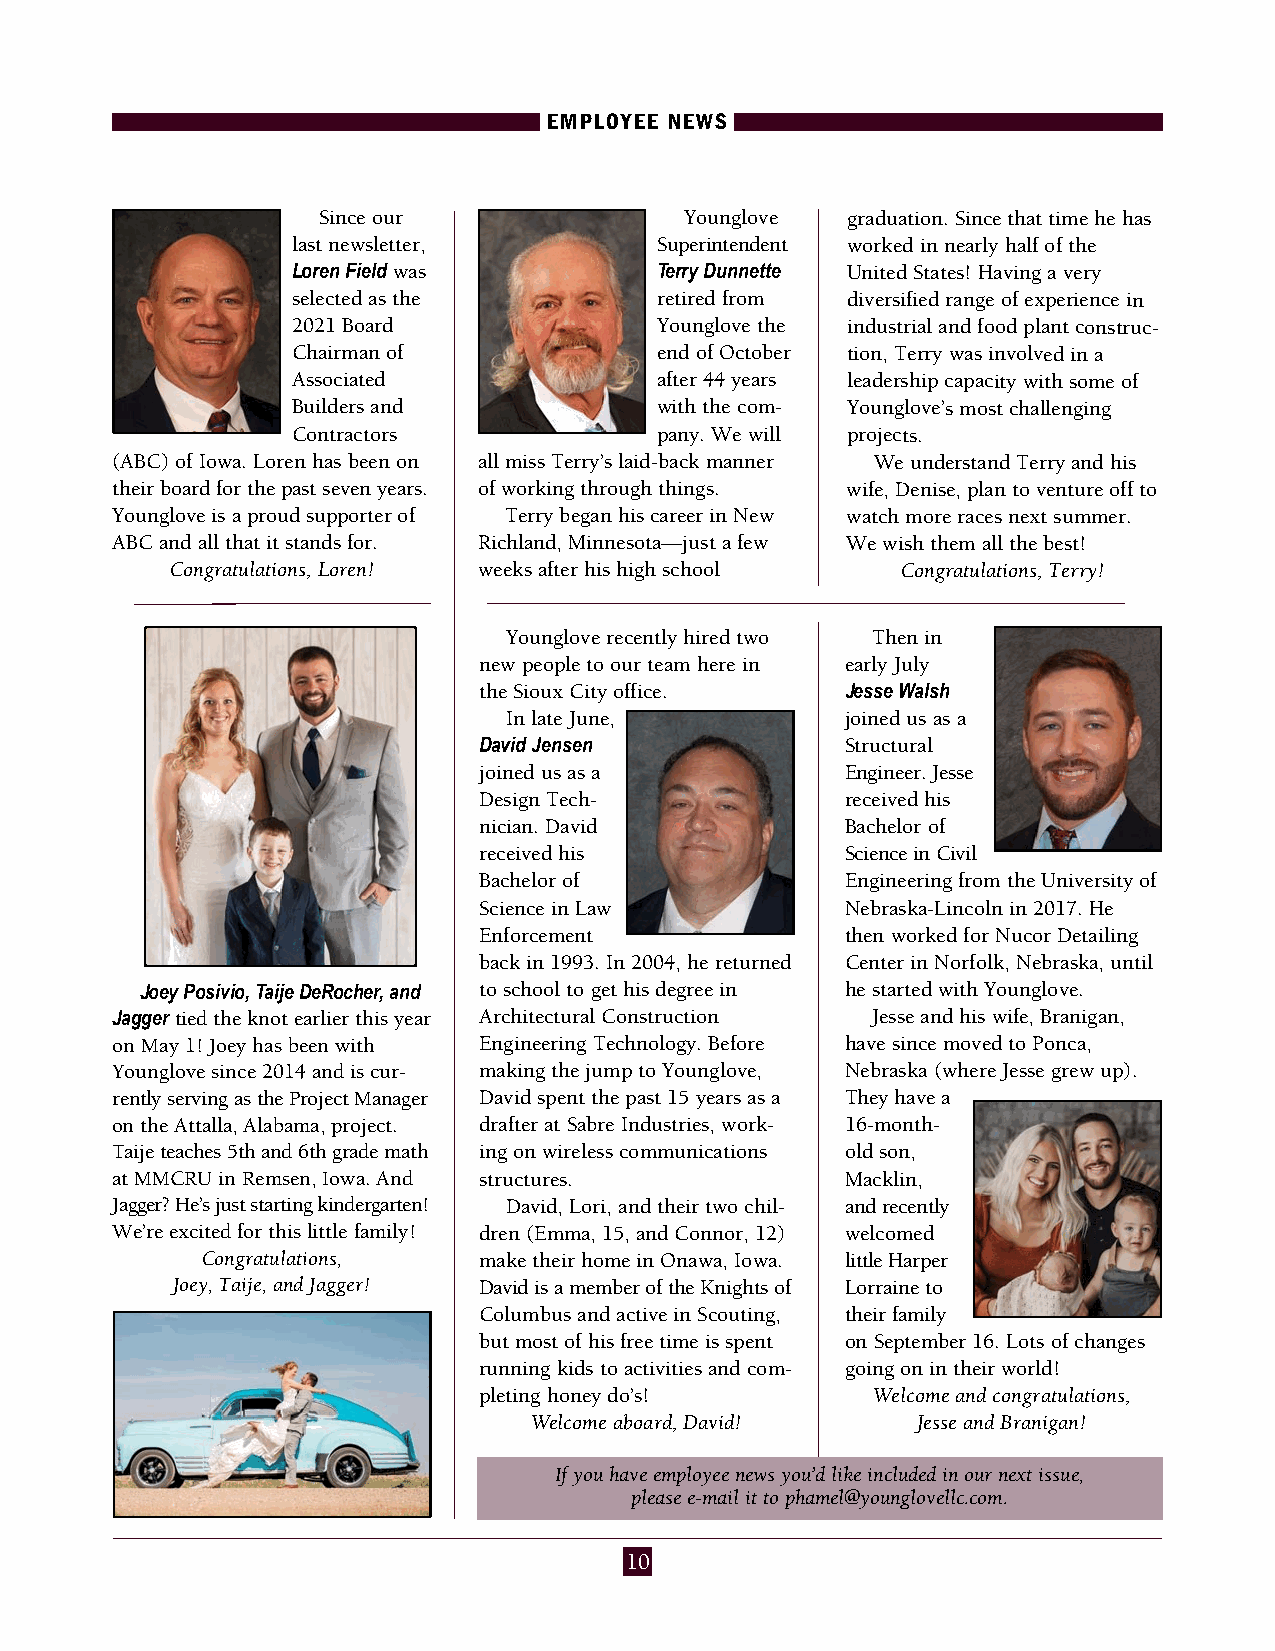
EMPLOYEE NEWS
 Since our               Younglove  gradu ation. Since that time he has
 last newsletter,        Superintendent worked in nearly half of the
 Loren Field was         Terry Dunnette United States! Having a very
 selected as the         retired from diversified range of experience in
 2021 Board              Younglove the industrial and food plant construc-
 Chairman of             end of October tion, Terry was involved in a
 Associated              after 44 years leadership capacity with some of
 Builders and            with the com- Younglove’s most challenging
 Contractors             pany. We will proj ects.
 (ABC) of Iowa. Loren has been on all miss Terry’s laid-back manner We understand Terry and his
 their board for the past seven years. of working through things. wife, Denise, plan to venture off to
 Younglove is a proud supporter of Terry began his career in New watch more races next summer.
 ABC and all that it stands for. Richland, Minnesota—just a few We wish them all the best!
 Congratulations, Loren! weeks after his high school Congratulations, Terry!
 Younglove recently hired two Then in
 new people to our team here in early July
 the Sioux City office.  Jesse Walsh
 In late June,         joined us as a
 David Jensen            Structural
 joined us as a          Engineer. Jesse
 Design Tech-            received his
 nician. David           Bachelor of
 received his            Science in Civil
 Bachelor of             Engineering from the University of
 Science in Law          Nebraska-Lincoln in 2017. He
 Enforcement             then worked for Nucor Detailing
 back in 1993. In 2004, he returned Center in Norfolk, Nebraska, until
 Joey Posivio, Taije DeRocher, and to school to get his degree in he started with Younglove.
 Jagger tied the knot earlier this year Architectural Construction Jesse and his wife, Branigan,
 on May 1! Joey has been with Engineering Technology. Before have since moved to Ponca,
 Younglove since 2014 and is cur - making the jump to Younglove, Nebraska (where Jesse grew up).
 rently serving as the Project Manager David spent the past 15 years as a They have a
 on the Attalla, Alabama, project. drafter at Sabre Industries, work- 16-month-
 Taije teaches 5th and 6th grade math ing on wireless communications old son,
 at MMCRU in Remsen, Iowa. And structures.        Macklin,
 Jagger? He’s just starting kindergarten! David, Lori, and their two chil- and recently
 We’re excited for this little family! dren (Emma, 15, and Connor, 12) welcomed
 Congratulations,   make their home in Onawa, Iowa. little Harper
 Joey, Taije, and Jagger! David is a member of the Knights of Lorraine to
 Columbus and active in Scouting, their family
 but most of his free time is spent on September 16. Lots of changes
 running kids to activities and com- going on in their world!
 pleting honey do’s!       Welcome and congratulations,
 Welcome aboard, David!    Jesse and Branigan!
 If you have employee news you’d like included in our next issue,
 please e-mail it to phamel@younglovellc.com.
 10